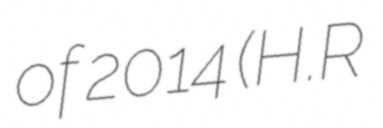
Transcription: of 2014 (H.R